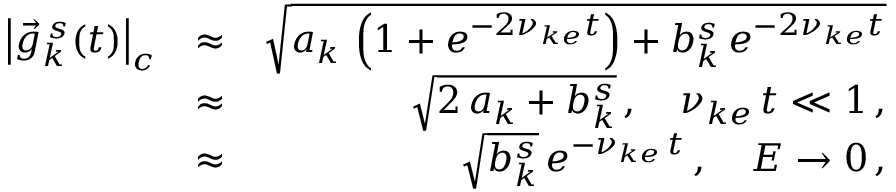
\begin{array} { r l r } { \left| \vec { g } _ { k } ^ { \, s } ( t ) \right| _ { c } } & { \approx } & { \sqrt { a _ { k } \, \left( 1 + e ^ { - 2 \nu _ { k e } t } \right) + b _ { k } ^ { s } \, e ^ { - 2 \nu _ { k e } t } } } \\ & { \approx } & { \sqrt { 2 \, a _ { k } + b _ { k } ^ { s } } \, , \quad \nu _ { k e } \, t \ll 1 \, , } \\ & { \approx } & { \sqrt { b _ { k } ^ { s } } \, e ^ { - \nu _ { k e } \, t } \, , \quad E \rightarrow 0 \, , } \end{array}